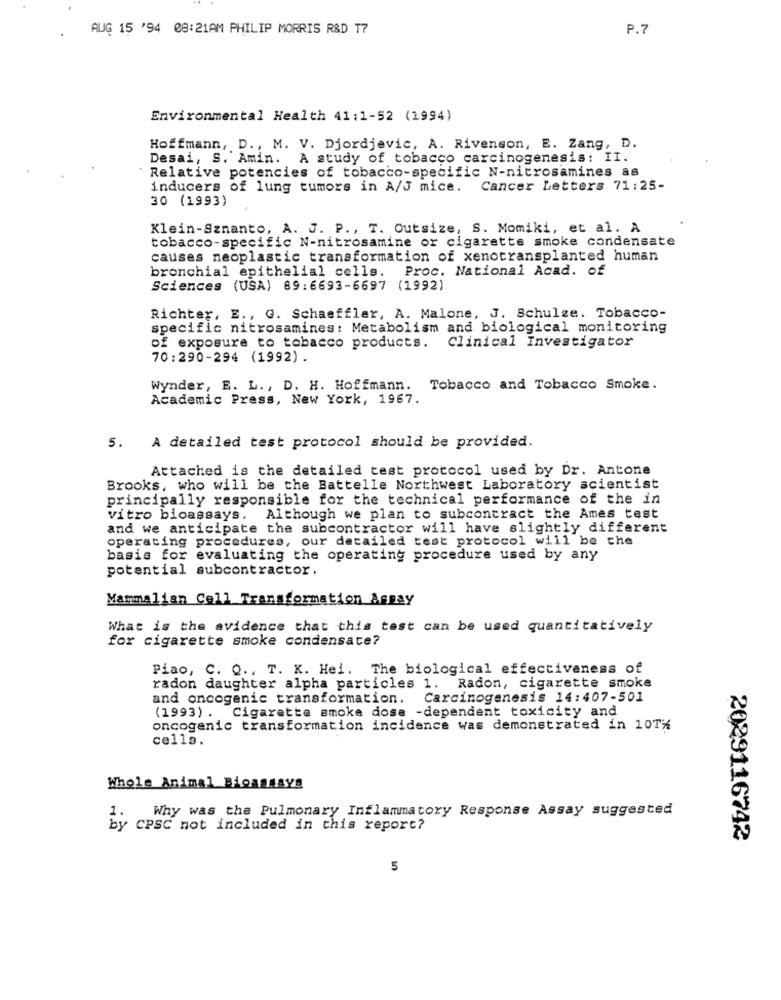
AUG 15 '94 08:21AM PHILIP MORRIS R&D T7
P.7
Environmental Health 41:1-52 (1994)
Hoffmann, D ., M. V. Djordjevic, A. Rivenson, E. Zang, D.
Desai, S. Amin. A study of tobacco carcinogenesis: II.
Relative potencies of tobacco-specific N-nitrosamines as
inducers of lung tumors in A/J mice. Cancer Letters 71:25-
30 (1993)
Klein-Sznanto, A. J. P ., T. Outsize, S. Momiki, et al. A
tobacco-specific N-nitrosamine or cigarette smoke condensate
causes neoplastic transformation of xenotransplanted human
bronchial epithelial cells. Proc. National Acad. of
Sciences (USA) 89:6693-6697 (1992)
Richter, E ., G. Schaeffler, A. Malone, J. Schulze. Tobacco-
specific nitrosamines: Metabolism and biological monitoring
Clinical Investigator
of exposure to tobacco products.
70:290-294 (1992).
Wynder, E. L ., D. H. Hoffmann. Tobacco and Tobacco Smoke.
Academic Press, New York, 1967.
5.
A detailed test protocol should be provided.
Attached is the detailed test protocol used by Dr. Antone
Brooks, who will be the Battelle Northwest Laboratory scientist
principally responsible for the technical performance of the in
vitro bioassays. Although we plan to subcontract the Ames test
and we anticipate the subcontractor will have slightly different
operating procedures, our detailed test protocol will be the
basis for evaluating the operating procedure used by any
potential subcontractor.
Mammalian Cell Transformation Aspay
What is the avidence that this test can be used quantitatively
for cigarette smoke condensate?
Piao, C. Q ., T. K. Hei. The biological effectiveness of
radon daughter alpha particles 1. Radon, cigarette smoke
and oncogenic transformation.
Carcinogenesis 14:407-501
(1993) . Cigarette smoke dose -dependent toxicity and
oncogenic transformation incidence was demonstrated in 10Th
cells.
Whole Animal Bioassays
1. Why was the Pulmonary Inflammatory Response Assay suggested
by CPSC not included in this report?
2029116742
5